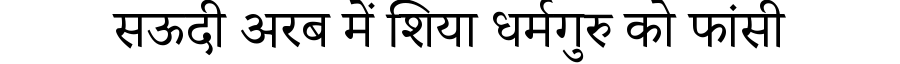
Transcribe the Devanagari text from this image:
सऊदी अरब में शिया धर्मगुरु को फांसी